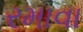
રમાવા